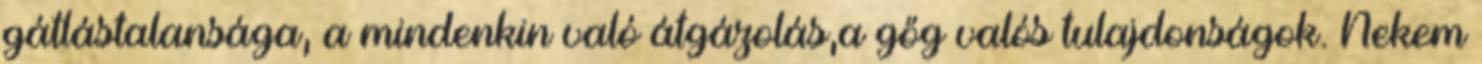
gátlástalansága, a mindenkin való átgázolás,a gőg valós tulajdonságok. Nekem